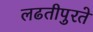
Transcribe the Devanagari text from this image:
लढतीपुरते